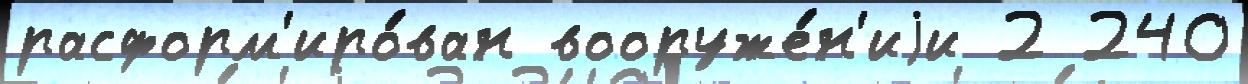
расформ'иро́ван вооруже́н'иjи 2 240